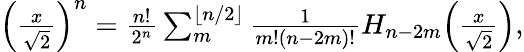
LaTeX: \begin{array}{r}{\Big(\frac{x}{\sqrt 2}\Big)^{n}=\frac{n!}{2^{n}}\sum_{m}^{\lfloor n/2\rfloor}\frac{1}{m!(n-2m)!}H_{n-2m}\Big(\frac{x}{\sqrt 2}\Big),}\end{array}